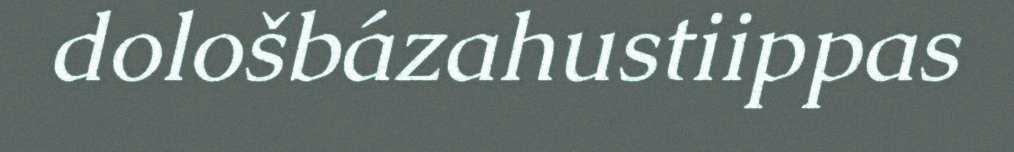
dološbázahustiippas